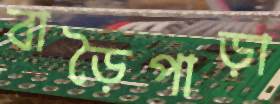
বাড়ৈপাড়া